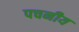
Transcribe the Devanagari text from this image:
पचनीय